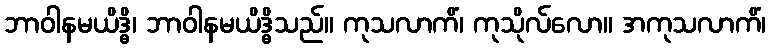
ဘာဝါနမယိဒ္ဓိ၊ ဘာဝါနမယိဒ္ဓိသည်။ ကုသလာကိံ၊ ကုသိုလ်လော။ အကုသလာကိံ၊